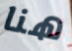
هنا